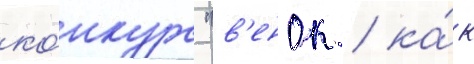
ко́нкурс "в'енок / ка́к